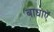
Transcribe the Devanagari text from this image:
बाधाऍ